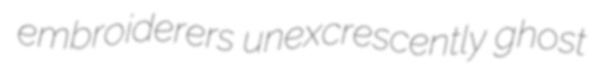
embroiderers unexcrescently ghost